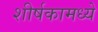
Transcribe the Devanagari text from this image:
शीर्षकामध्ये